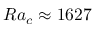
{ R a _ { c } \approx 1 6 2 7 }